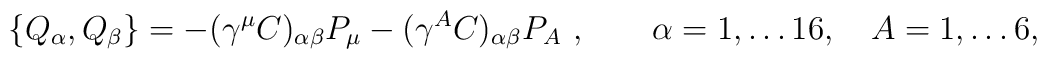
\{Q_\alpha , Q_\beta \} = - (\gamma^\mu C)_{\alpha \beta} P_\mu - (\gamma^{A}  C)_{\alpha \beta} P_{A} \ ,    \qquad  \alpha = 1,\dots 16,   \quad  A= 1, \dots 6,